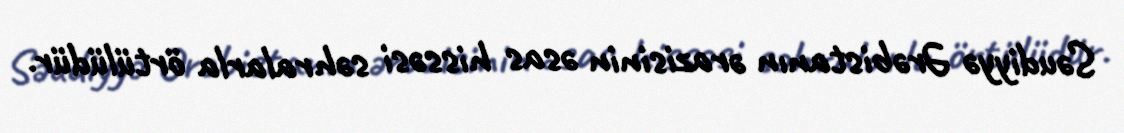
Səudiyyə Ərəbistanın ərazisinin əsas hissəsi səhralarla örtülüdür.